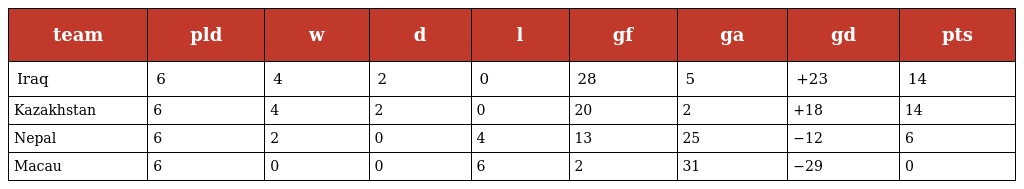
| team | pld | w | d | l | gf | ga | gd | pts |
 | --- | --- | --- | --- | --- | --- | --- | --- | --- |
 | Iraq | 6 | 4 | 2 | 0 | 28 | 5 | +23 | 14 |
 | Kazakhstan | 6 | 4 | 2 | 0 | 20 | 2 | +18 | 14 |
 | Nepal | 6 | 2 | 0 | 4 | 13 | 25 | −12 | 6 |
 | Macau | 6 | 0 | 0 | 6 | 2 | 31 | −29 | 0 |